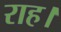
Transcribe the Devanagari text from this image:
राह।